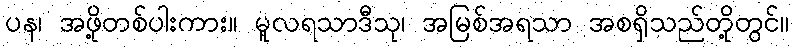
ပန၊ အဖို့တစ်ပါးကား။ မူလရသာဒီသု၊ အမြစ်အရသာ အစရှိသည်တို့တွင်။